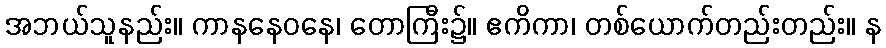
အဘယ်သူနည်း။ ကာနနေဝနေ၊ တောကြီး၌။ ဧကိကာ၊ တစ်ယောက်တည်းတည်း။ န